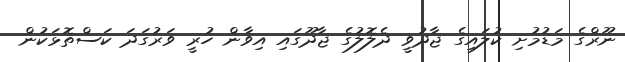
ނޫރްގެ މަޑުމުށި ކުލައިގެ ޖާދުވީ ދެލޮލުގެ ޖާދޫގައި އިވާން ހުރީ ވަރުގަދަ ކަސްތޮޅަކުން